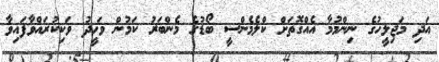
އަދި މަޖިލީހުގެ ނިންމުމާ އެއްގޮތަށް ކްލެމެންސީ ބޯޑުގެ މެންބަރު ކަމުން ވަހީދު ވަކިކުރައްވާފައިވާ